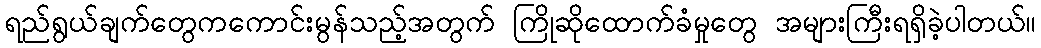
ရည်ရွယ်ချက်တွေကကောင်းမွန်သည့်အတွက် ကြိုဆိုထောက်ခံမှုတွေ အများကြီးရရှိခဲ့ပါတယ်။